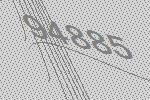
94885